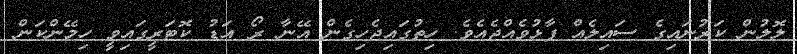
ލޮލުން ކަރުނައިގެ ސައިލެއް ފާޅުވެއްޖެއެވެ. ހިތުގައިޖެހިގެން އޭނާ ރޯ އަޑު ކޮޓަރީގައިވީ ހިމޭންކަން